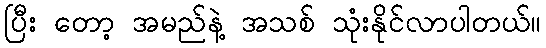
ပြီး တော့ အမည်နဲ့ အသစ် သုံးနိုင်လာပါတယ်။